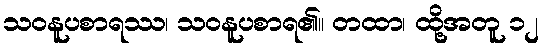
သဝနူပစာရဿ၊ သဝနူပစာရ၏။ တထာ၊ ထို့အတူ ၁၂